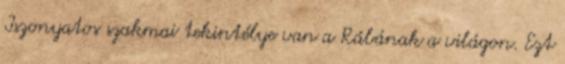
Iszonyatos szakmai tekintélye van a Rábának a világon. Ezt